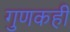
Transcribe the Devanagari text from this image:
गुणकही